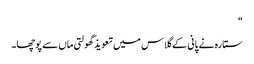
“
ستارہ نے پانی کے گلاس میں تعویذ گھولتی ماں سے پوچھا۔